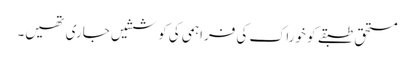
مستحق طبقے کو خوراک کی فراہمی کی کوششیں جاری تھیں۔